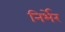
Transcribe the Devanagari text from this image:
निर्भेर